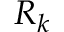
R _ { k }